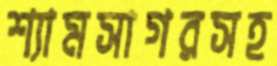
শ্যামসাগরসহ